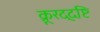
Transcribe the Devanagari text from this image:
क्रूरद्दष्टि